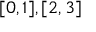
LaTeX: [ 0 , 1 ] , [ 2 , 3 ]